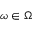
\omega \in \Omega